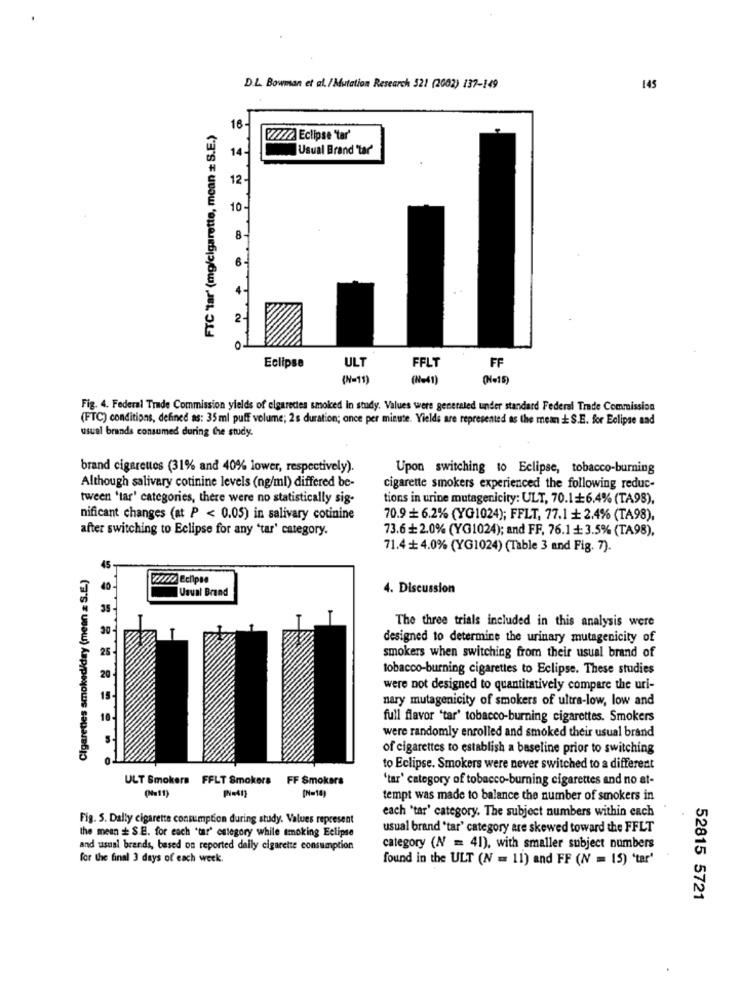
D.L. Bowman et al. /Mutation Research 521 (2002) 137-149
145
FTC tar' (mg/cigarette, mean = S.E.)
16-
V///2 Eclipse "tar'
14-
Usual Brand 'tar'
10
Eclipse
ULT
FFLT
FF
(N-11)
(N=41)
(N=15)
Fig. 4. Federal Trade Commission yields of elgarettes smoked in study. Values were generated under standard Federal Trade Commission
(FTC) conditions, defined as: 35 ml puff volume; 2s duration; once per minute. Yields are represented as the mean + S.E. for Eclipse and
usual brands consumed during the study.
brand cigarettes (31% and 40% lower, respectively).
Upon switching to Eclipse, tobacco-burning
Although salivary cotinine levels (ng/ml) differed be-
cigarette smokers experienced the following reduc-
tween 'tar' categories, there were no statistically sig-
tions in urine mutagenicity: ULT, 70.16.4% (TA98),
nificant changes (at P < 0.05) in salivary cotinine
70.9+ 6.2% (YG1024); FFLT, 77.1 + 2.4% (TA98),
after switching to Eclipse for any 'tar' category.
73.6+2.0% (YG1024); and FF, 76.1+3.5% (TA98),
71.4+ 4.0% (YG1024) (Table 3 and Fig. 7).
Cigarettes smoked/day (mean & S.E.)
////> Eclipse
Usual Brand
4. Discussion
35
30
The three trials included in this analysis were
designed to determine the urinary mutagenicity of
smokers when switching from their usual brand of
tobacco-burning cigarettes to Eclipse. These studies
were not designed to quantitatively compare the uri-
nary mutagenicity of smokers of ultra-low, low and
full flavor 'tar' tobacco-burning cigarettes. Smokers
were randomly enrolled and smoked their usual brand
of cigarettes to establish a baseline prior to switching
to Eclipse. Smokers were never switched to a different
ULT Smokers FFLT Smokers FF Smokers
'tar' category of tobacco-burning cigarettes and no at-
(N=10)
tempt was made to balance the number of smokers in
each "tar' category. The subject numbers within each
Fig. 5. Dally cigarette consumption during study. Values represent
the mean = S.E. for each "tar' estegory while smoking Eclipse
usual brand "tar' category are skewed toward the FFLT
and usual brands, based on reported daily cigarette consumption
category (N = 41), with smaller subject numbers
for the final 3 days of each week
found in the ULT (N = 11) and FF (N = 15) 'tar'
52815 5721